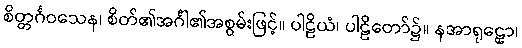
စိတ္တင်္ဂဝသေန၊ စိတ်၏အင်္ဂါ၏အစွမ်းဖြင့်။ ပါဠိယံ၊ ပါဠိတော်၌။ နအာရုဠှော၊